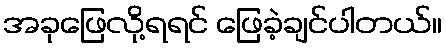
အခုဖြေလို့ရရင် ဖြေခဲ့ချင်ပါတယ်။